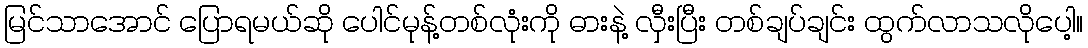
မြင်သာအောင် ပြောရမယ်ဆို ပေါင်မုန့်တစ်လုံးကို ဓားနဲ့ လှီးပြီး တစ်ချပ်ချင်း ထွက်လာသလိုပေါ့။